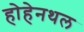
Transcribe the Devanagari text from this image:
होहेनथल